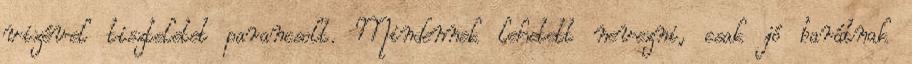
vizével tiszteletet parancsolt. Mindennek lehetett nevezni, csak jó barátnak